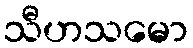
သီဟသမော